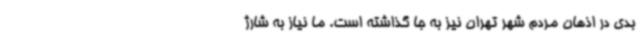
بدی در اذهان مردم شهر تهران نیز به جا گذاشته است. ما نیاز به شارژ